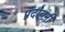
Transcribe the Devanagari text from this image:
प्रदायनी